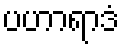
ပဟာရာဒံ